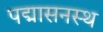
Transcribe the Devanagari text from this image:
पद्मासनस्थ